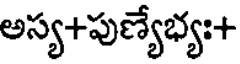
అస్య+పుణ్యేభ్య:+